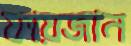
ফায়জান